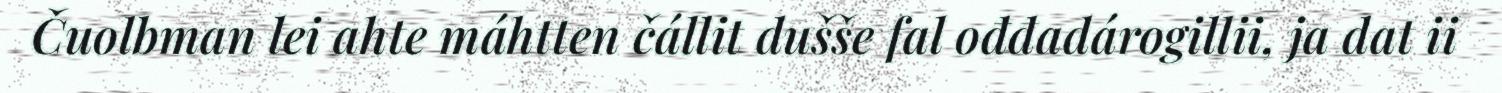
Čuolbman lei ahte máhtten čállit dušše fal ođđadárogillii, ja dat ii